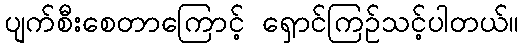
ပျက်စီးစေတာကြောင့် ရှောင်ကြဉ်သင့်ပါတယ်။